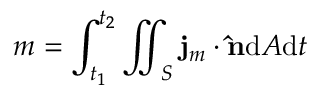
m = \int _ { t _ { 1 } } ^ { t _ { 2 } } \iint _ { S } \mathbf { j } _ { m } \cdot \mathbf { \hat { n } } \mathrm { { d } } A \mathrm { { d } } t